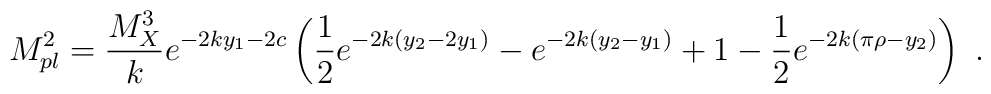
M_{pl}^2 = {{M_X^3}\over k} e^{-2 k y_1-2 c  } \left( {1\over 2} e^{-2k (y_2-2y_1)}-e^{-2k(y_2-y_1)} +1-{1\over 2} e^{-2k (\pi \rho - y_2)}   \right)~.~\,